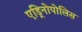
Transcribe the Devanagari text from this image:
एड्रिनोपोलिस